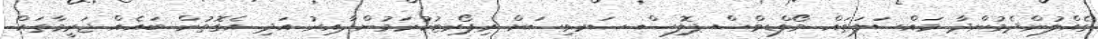
ގެއްލުންދެމުންދާ މައްސަލަތައް މޯލްޑިވްސް ޕޮލިސް ސަރވިސަށް ރިޕޯރޓުކުރަމުންދާއިރު އަދި އެގޮތުން ބައެއް ޖަރީމާތައް